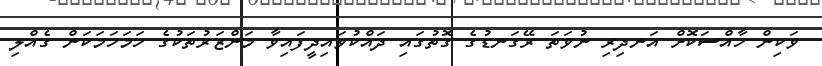
ވަކިން ހާއްސަކޮށް އަނދިރި ނުވަތަ ރޭގަނޑުގެ ގޮތުގައި ދައްކުވައިދީފައިވާ މަންޒަރުތަކުގެ ހަމަހަމަކަން ގެއްލި